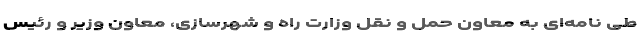
طی نامه‌ای به معاون حمل و نقل وزارت راه و شهرسازی، معاون وزیر و رئیس